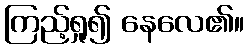
ကြည့်ရှု၍ နေလေ၏။